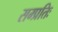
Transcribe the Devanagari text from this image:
सम्प्रतिः